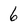
Character: 6